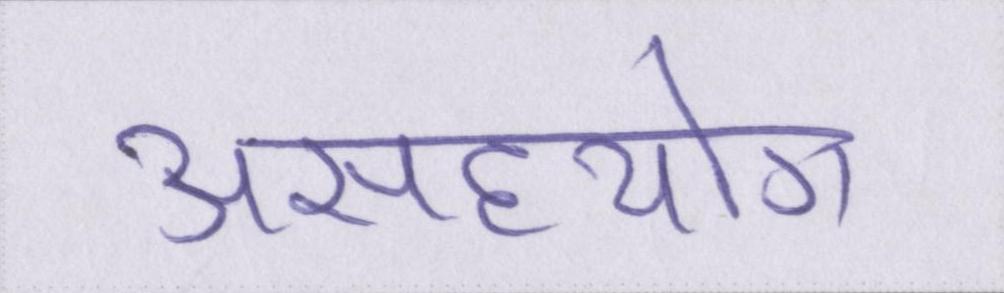
असहयोग